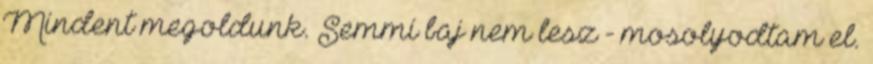
Mindent megoldunk. Semmi baj nem lesz - mosolyodtam el.